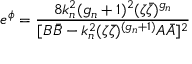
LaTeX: e ^ { \phi } = \frac { 8 k _ { n } ^ { 2 } ( g _ { n } + 1 ) ^ { 2 } ( \zeta \bar { \zeta } ) ^ { g _ { n } } } { [ B \bar { B } - k _ { n } ^ { 2 } ( \zeta \bar { \zeta } ) ^ { ( g _ { n } + 1 ) } A \bar { A } ] ^ { 2 } }